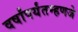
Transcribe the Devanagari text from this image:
वर्षांपर्यंतम्हणजे